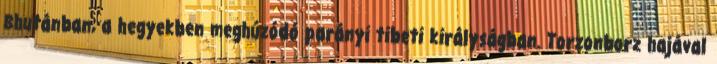
Bhutánban, a hegyekben meghúzódó parányi tibeti királyságban. Torzonborz hajával